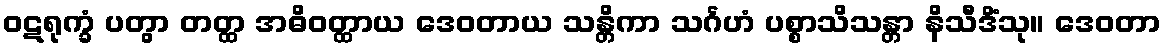
ဝဋရုက္ခံ ပတွာ တတ္ထ အဓိဝတ္ထာယ ဒေဝတာယ သန္တိကာ သင်္ဂဟံ ပစ္စာသိသန္တာ နိသီဒိံသု။ ဒေဝတာ